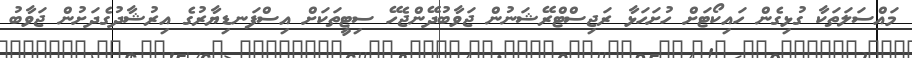
މައްސަލަތަކާ ގުޅިގެން ހައިކޯޓަށް ހުށަހަޅާ ރަޖިސްޓްރޭޝަނުން ޖަވާބުދޭންޖެހޭ ސިޓީތަކަށް އިސްފަނޑިޔާރުގެ އިރުޝާދުގެދަށުން ޖަވާބު